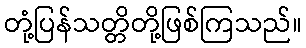
တုံ့ပြန်သတ္တိတို့ဖြစ်ကြသည်။